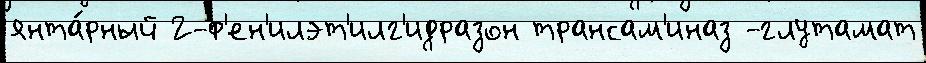
янта́рный 2-ф'ен'илэт'илг'идразон трансам'иназ -глутамат